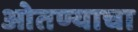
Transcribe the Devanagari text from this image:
ओतण्याचा